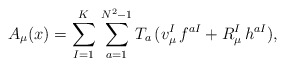
\begin{align*}A_\mu(x)=\sum^K_{I=1}\,\sum^{N^2 -1}_{a=1} T_a\,(v_\mu^I\,f^{aI}+R_\mu^I\,h^{aI}),\end{align*}